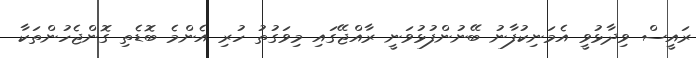
ރައީސް ވިދާޅުވީ އެމަނިކުފާނު ބޭނުންފުޅުވަނީ ރާއްޖޭގައި މިވަގުތު ހުރި އެންމެ ބޮޑެތި ގޮންޖެހުންތަކާ